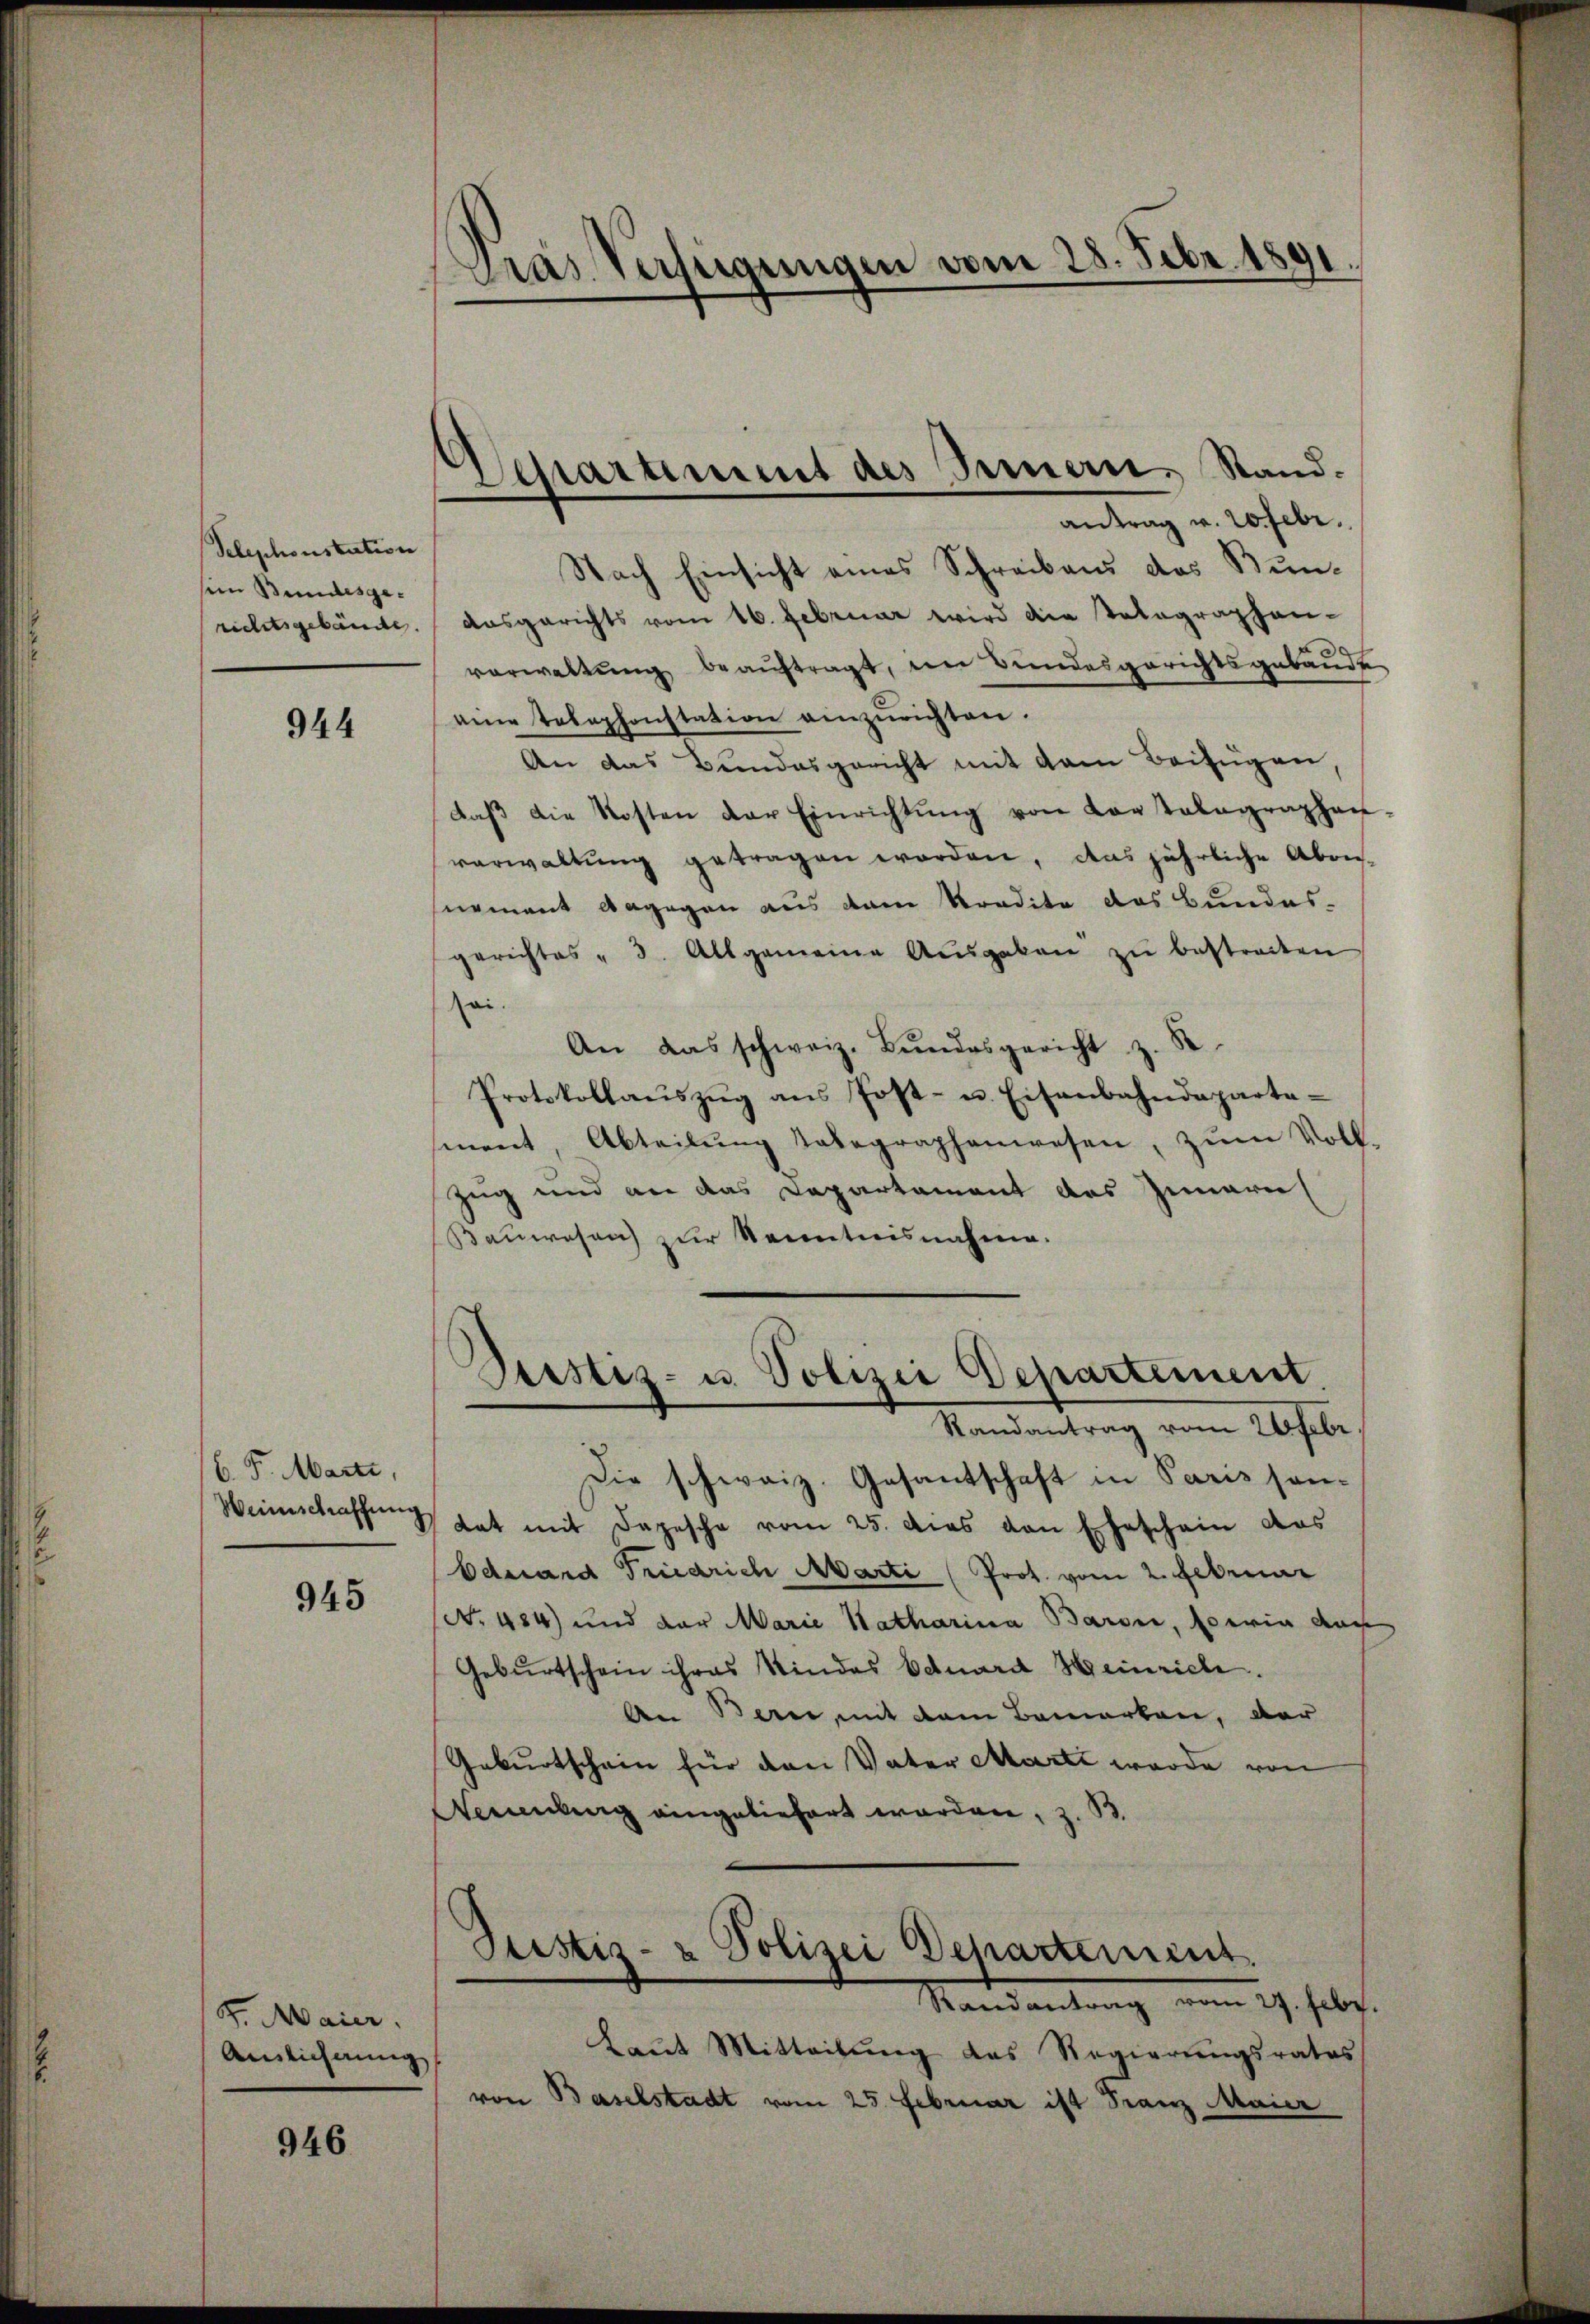
Telephonstation
sein Bundesgerichtsgebäude.

944

C. F. Marti,
Weinschaffung

945

4. Maier.
Auslieferung

946

.
Pras Verfügungen vom 28. Febr. 1891.

Schartiment des Sennern, Stand.
¬
antrag v. 20 Febr.

Nach Einsicht eines Schreibens das Bunausgerichts vom 16. Februar wird die Totagraphen-
vorwaltŭng beaŭftragt, im Bundesgerichtsgebäude
aine Telephonstation einzurichten.
An das Bundesgericht mit dem Beifügen,
daβ die Kosten der Einrichtŭng von Konstalographen
verwaltŭng getragen worden, das jährliche Abon-
nement dagegen aus dem Kredite das Bundes-
gerichtes " 3. Allgemeine Ausgaben zŭ bestraten
sei.
An das schweiz. Bŭndesgericht z. B.
Protokollaŭszŭg ans Post- u. Eisenbahndeparta-
ment, Abteilŭng dabegraphenwesen, zŭm Voll
Zug und an das Departament des Innern
Bauwesen zur Kenntnisnahme.
Geistiz- u. Polizei Departement.
Randantrag vom 26 febr
Die schweiz. Gesantschaft in Paris son¬
Rat mit Depesche vom 25. das von Eheschein das
Eduard Friedrich Marti (Prot. vom 2. Februar
No 484) und der Marie Natharina Baron, sowie aus
Gebŭrtschein ihres Kindes Eduard Heinrich.
An Berei, mit dem Bemerken, der
Geburtschein für den Vater Marti wurde von
Neuenburg eingeliefert werden, z. B.
Justiz- & Polizei Departement.
Mandantrag vom 19. Febr.
Laŭt Mitteilŭng das Regierŭngsrates
von Baselstadt vom 25. Februar ist Franz Maier